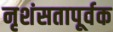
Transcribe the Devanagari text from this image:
नृशंसतापूर्वक